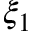
\xi _ { 1 }